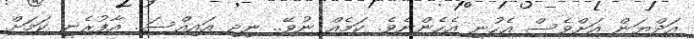
އަދްޔަން އަށްވެސް އެހުނީ އެހެންނެވެ. ކަމެއް ނުވޭ.. ނިދި އައިއްސަ.. އާފުރެނީ ކަމަށް